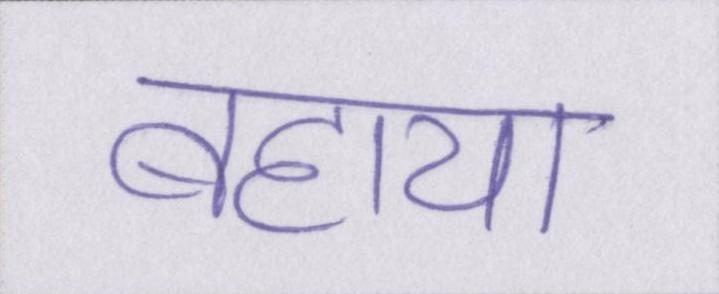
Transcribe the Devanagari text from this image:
बहाया